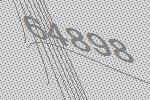
64898